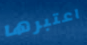
اعتبرها